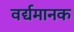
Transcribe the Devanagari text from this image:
वर्द्यमानक